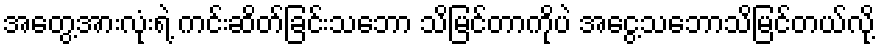
အတွေ့အားလုံးရဲ့ ကင်းဆိတ်ခြင်းသဘော သိမြင်တာကိုပဲ အငွေ့သဘောသိမြင်တယ်လို့